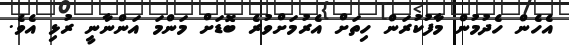
އެހެން ހެދުމުން މާފުކުރަން ހިތަށް އެރުމަށްވުރެ ބޮޑަށް މަންމަ އަންނާނީ ރުޅި އެވެ.